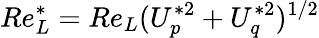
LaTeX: Re_{L}^{*}=Re_{L}(U_{p}^{*2}+U_{q}^{*2})^{1/2}